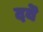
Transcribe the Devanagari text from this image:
दवॆ